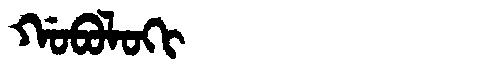
Manchu: ᡤᠣᠪᠣᠯᠣᡴᡳ
Romanization: GOBOLOKI